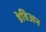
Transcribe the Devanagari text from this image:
डेविअन